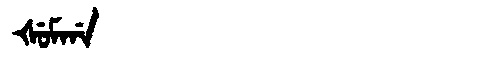
Manchu: ᡧᡠᠮᡤᠠ
Romanization: ŠUMGA